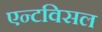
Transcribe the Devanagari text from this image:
एन्टविसल